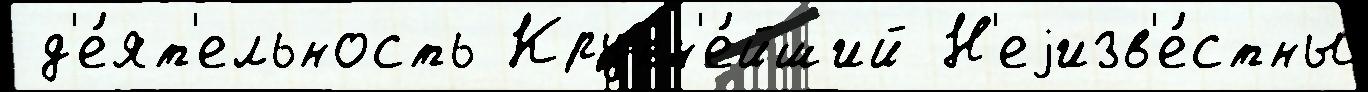
 д'е́ят'ельность Крупн'е́йший Н'еjизв'е́стны